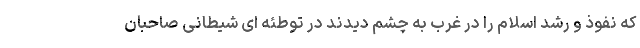
که نفوذ و رشد اسلام را در غرب به چشم دیدند در توطئه ای شیطانی صاحبان